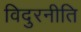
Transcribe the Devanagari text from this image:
विदुरनीति